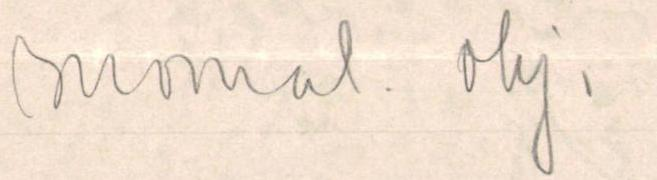
suomal. ohj.